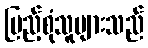
ပြည့်စုံသူများသည်